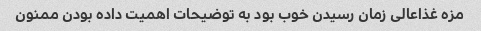
مزه غذاعالی زمان رسیدن خوب بود به توضیحات اهمیت داده بودن ممنون